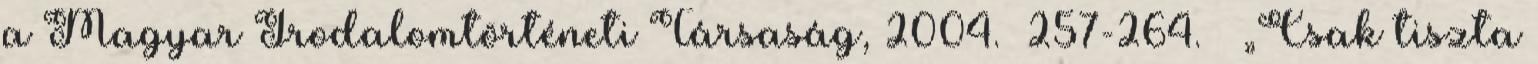
a Magyar Irodalomtörténeti Társaság, 2004. –257-264. – „Csak tiszta